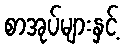
စာအုပ်များနှင့်